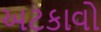
અટકાવો